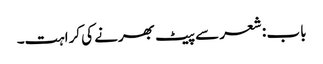
باب : شعر سے پیٹ بھرنے کی کراہت۔